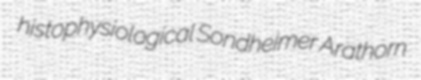
histophysiological Sondheimer Arathorn